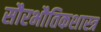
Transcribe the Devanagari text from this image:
सौरभौतिकशास्त्र